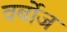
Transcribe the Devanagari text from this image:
वर्बोज